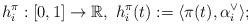
LaTeX: \begin{align*}h_i^\pi : [0, 1] \rightarrow \mathbb{R}, \ h_i^\pi(t) := \langle \pi(t), \alpha_i^\vee \rangle;\end{align*}